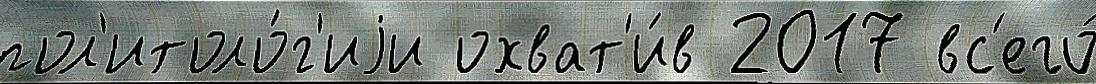
пол'итоло́г'иjи охват'и́в 2017 вс'его́